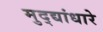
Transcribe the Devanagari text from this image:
मुद्द्यांधारे